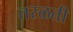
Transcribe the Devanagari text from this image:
तरळती